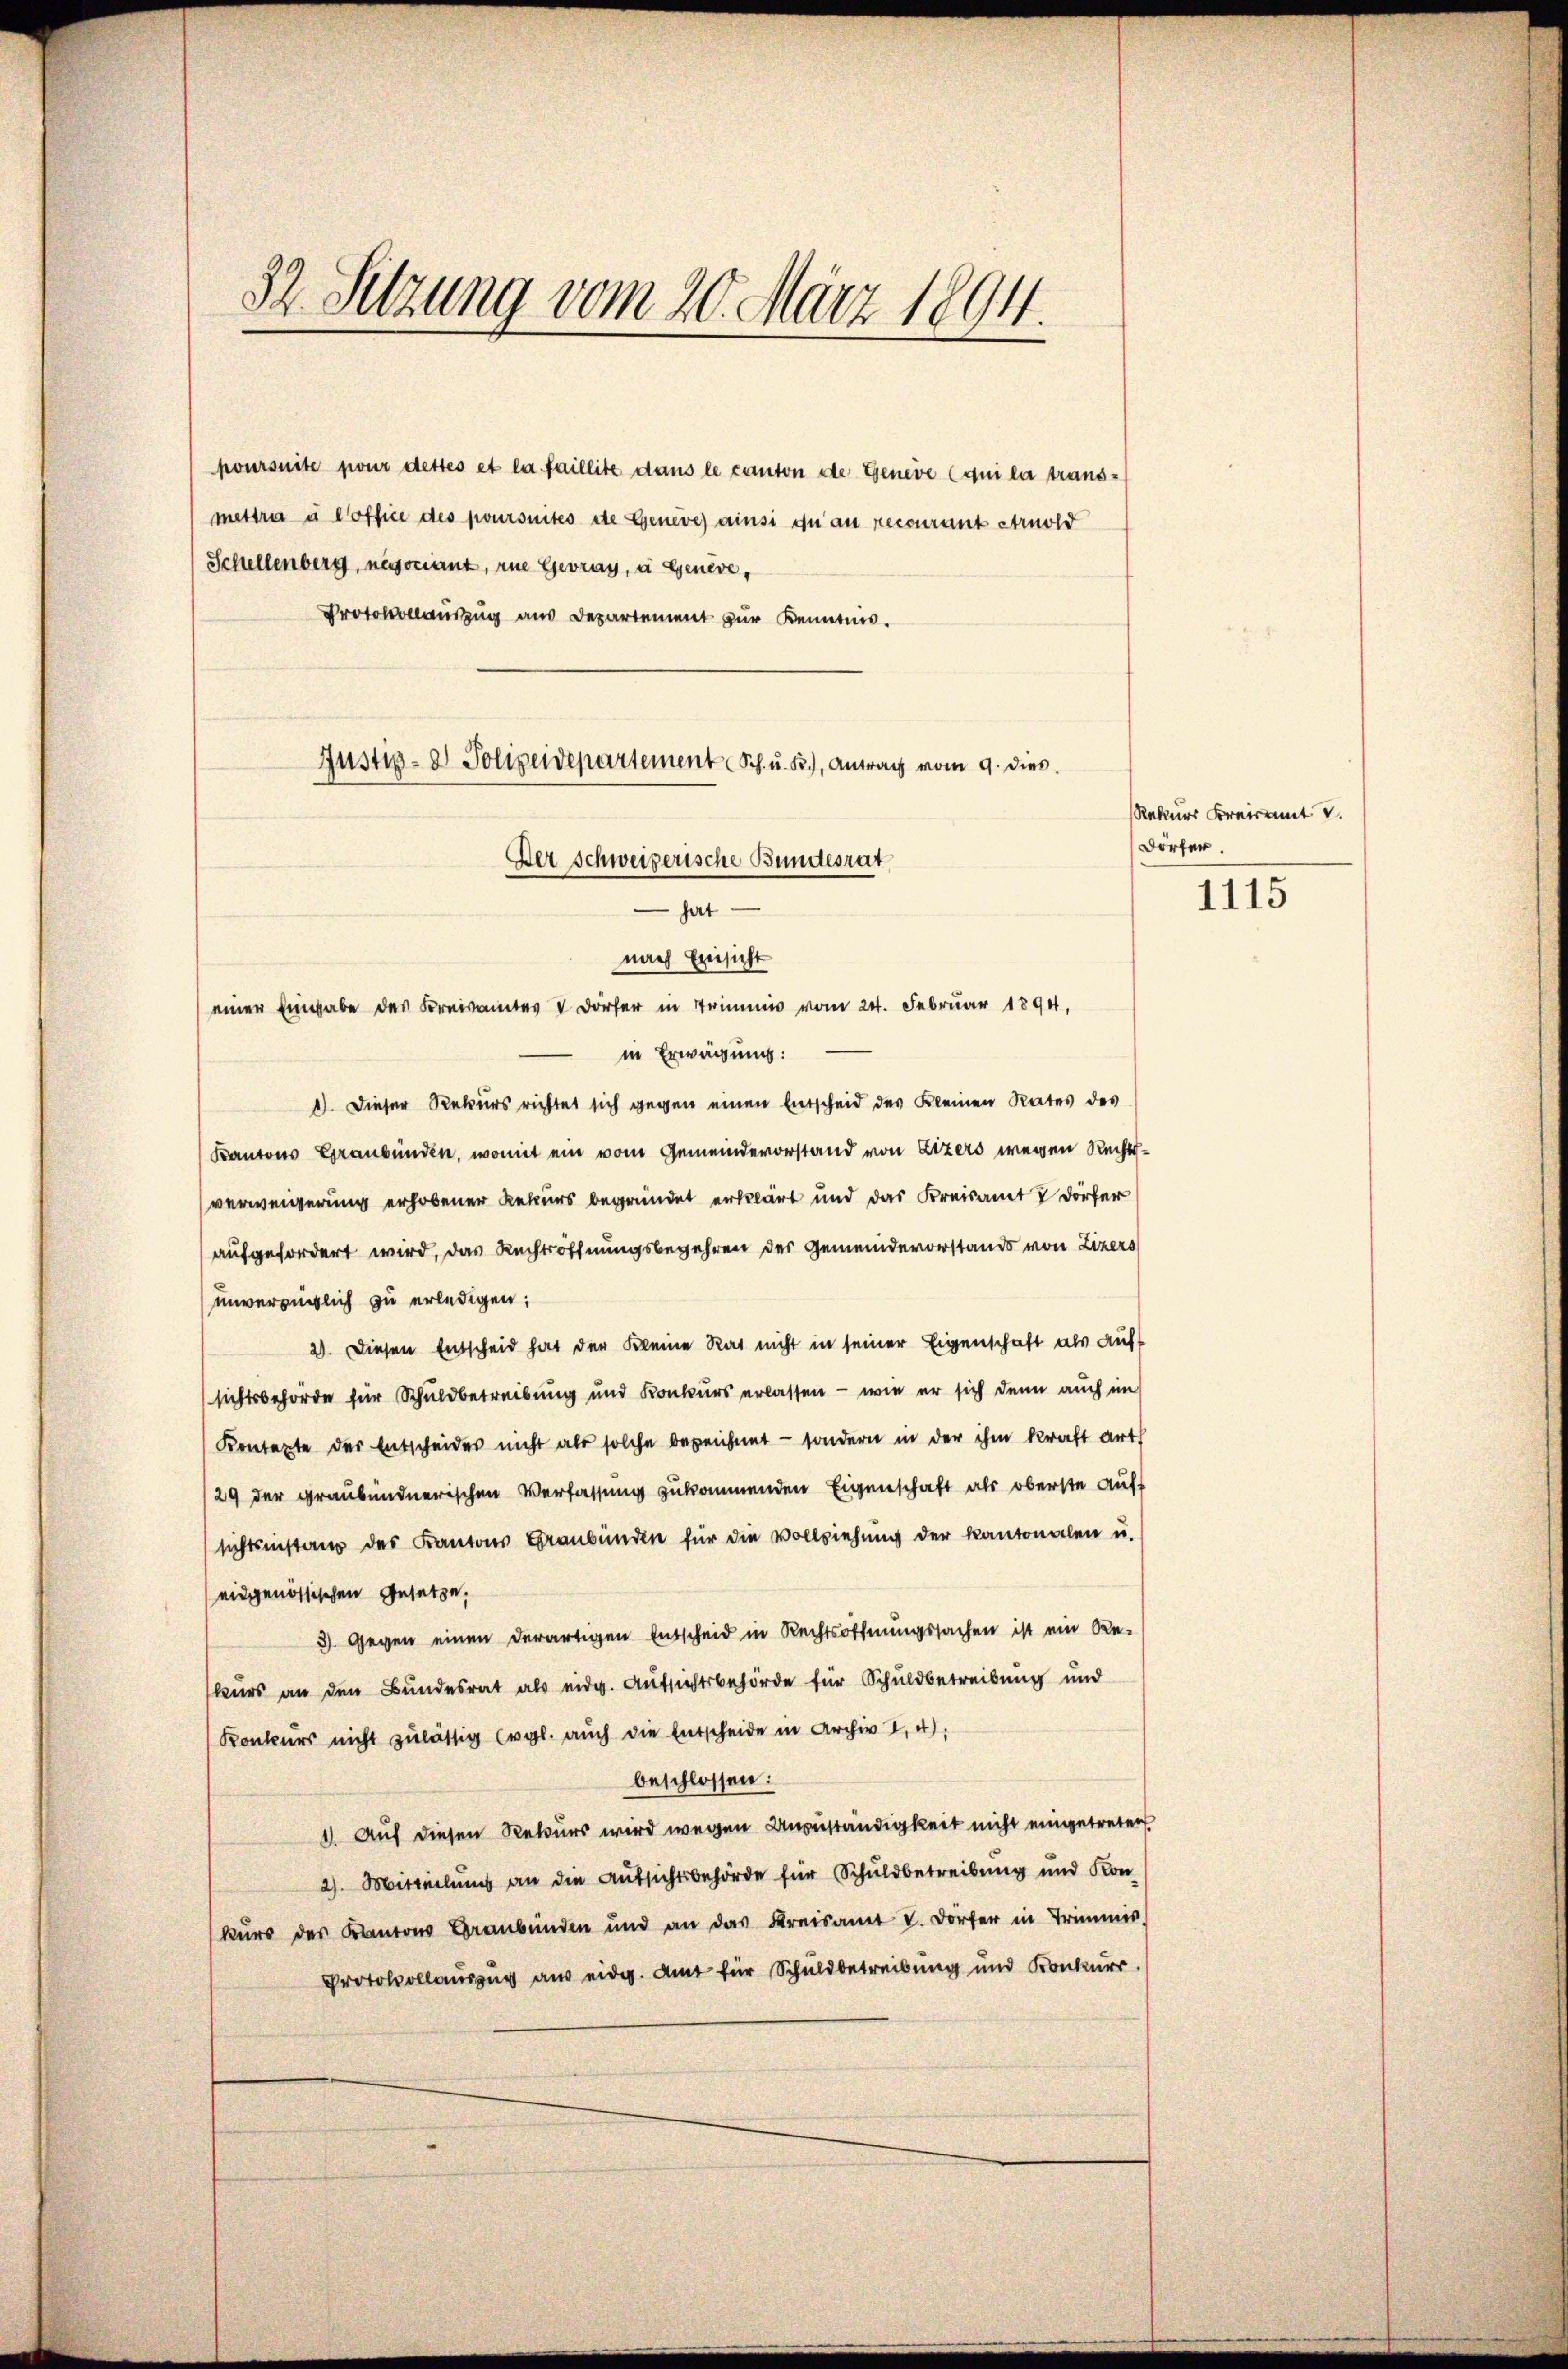
32 Setzung vom 20. März 1894.

poursuite pour dettes et la faillite dans le canton de Geneve (qui la transmettra u Coffice des poursuites de Geneve ainsi qu’au recourant Arnold
Schellenberg, negociant, zu Gevray, a. Genève,
Protokolaŭszŭg aŭs Departement zŭr Kenntnis.

Justiz- & Polizeidepartement Sch. u. B.), Antrag vom 9. dies
Der Schweizerische Bundesrat
hat

nach Einsicht
einer Eingabe des Kreisamtes V Dörfer in Trimmis vom 24. Februar 1890.
in Erwägung:
1). Dieser Rekurs richtet sich gegen einen Entscheid des Kleinen Rates des
Kantons Graubünden, womit ein vom Gemeindevorstand von Lizers wegen Rechtsverweigerung erhobener Rekurs begründet erklärt und das Kreisamt & Dörfer
aufgefordert wird, das Rechtsoffnungsbegehren des Gemeindevorstands von Zizers
unverzüglich zu erledigen;
2). Diesen Entscheid hat der Kleine Rat nicht in seiner Eigenschaft als aufsichtsbehörde für Schuldbetreibung und Konkurs erlassen - wie er sich denn auch im
Kontexte der Entscheides nicht als solche bezeichnet - sondern in der ihm kraft arth
/29 der graubündnerischen Verfassung zukommenden Eigenschaft als oberste Auff
sichtsinstanz des Kantons Graubünden für die Vollziehŭng der Kantonalen u.
eidgenössischen Gesetze,
3) Gegen einen derartigen Entscheid in Rechtsoffnungssachen ist ein Re-
kurs an den Bundesrat als eidg. Aufsichtsbehörde für Schuldbetreibung und
Konkurs nicht zulässig (vgl. auch die Entscheide in Archiv 2. 4.
beschlossen:
1). Auf diesen Rekurs wird wegen Unzuständigkeit nicht eingetreten.
2). Mitteilung an die Aufsichtsbehörde für Schuldbetreibung und Kon-
kurs des Kantons Graubünden und an das Kreisamt L. Dörfer in Trimmis
Protokollauszug aus eidg. Amt für Schuldbetreibung und Konkurr

Rekurs Kreist v.
Dörfer.

1115